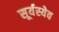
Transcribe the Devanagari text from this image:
सूर्यस्येव